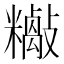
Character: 𱡡